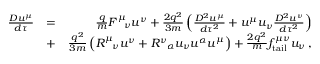
\begin{array} { r l r } { \frac { D u ^ { \mu } } { d \tau } } & { = } & { \frac { q } { m } F _ { \ \ \nu } ^ { \mu } u ^ { \nu } + \frac { 2 q ^ { 2 } } { 3 m } \left( \frac { D ^ { 2 } u ^ { \mu } } { d \tau ^ { 2 } } + u ^ { \mu } u _ { \nu } \frac { D ^ { 2 } u ^ { \nu } } { d \tau ^ { 2 } } \right) } \\ & { + } & { \frac { q ^ { 2 } } { 3 m } \left( R _ { \ \ \nu } ^ { \mu } u ^ { \nu } + R _ { \ \ \alpha } ^ { \nu } u _ { \nu } u ^ { \alpha } u ^ { \mu } \right) + \frac { 2 q ^ { 2 } } { m } f _ { \mathrm { t a i l } } ^ { \mu \nu } u _ { \nu } \, , } \end{array}